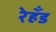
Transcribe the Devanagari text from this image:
रेहँड